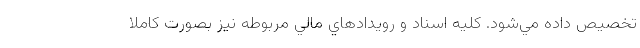
تخصيص داده مي‌شود. كليه اسناد و رويدادهاي مالي مربوطه نيز بصورت كاملا